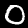
Label: 0